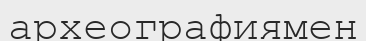
археографиямен